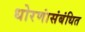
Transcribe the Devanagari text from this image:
धोरणांसंबंधित